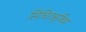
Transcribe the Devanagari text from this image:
सिंचितसुविधा